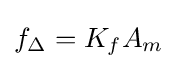
f_{\Delta }=K_{f}A_{m}